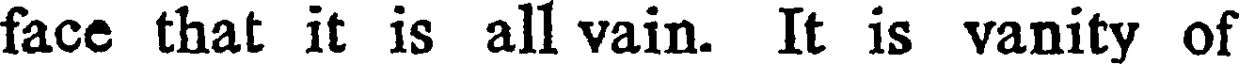
face that it is all vain. It is vanity of